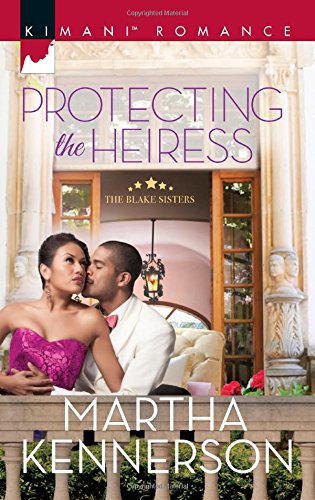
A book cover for Protecting the Heiress (The Blake Sisters); Martha Kennerson; Romance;